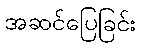
အဆင်ပြေခြင်း